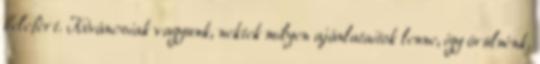
belefért. Kíváncsiak vagyunk, nektek milyen ajánlataitok lenne, így örülnénk,